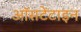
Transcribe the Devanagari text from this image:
ऑसटेंटाइन